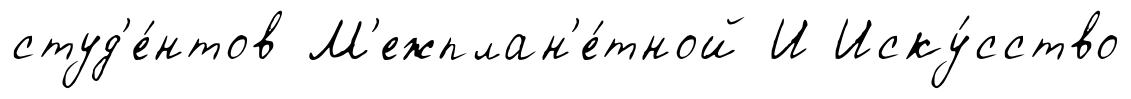
студ'е́нтов М'ежплан'е́тной И Иску́сство